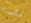
مأساة